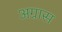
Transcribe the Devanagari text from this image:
अग्रास